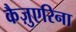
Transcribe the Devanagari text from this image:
कैज़ुएरिना